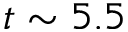
t \sim 5 . 5